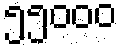
၅၅၀၀၀